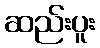
ဆည်းပူး